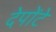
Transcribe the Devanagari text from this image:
देपोंटे